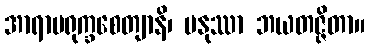
အာရာမရုက္ခစေတျာနိ၊ မနုဿာ ဘယတဇ္ဇိတာ။